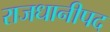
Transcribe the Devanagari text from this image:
राजधानीपद